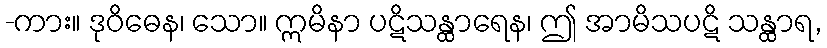
-ကား။ ဒုဝိဓေန၊ သော။ ဣမိနာ ပဋိသန္ထာရေန၊ ဤ အာမိသပဋိ သန္ထာရ,